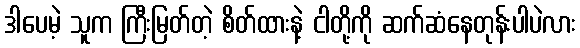
ဒါပေမဲ့ သူက ကြီးမြတ်တဲ့ စိတ်ထားနဲ့ ငါတို့ကို ဆက်ဆံနေတုန်းပါပဲလား